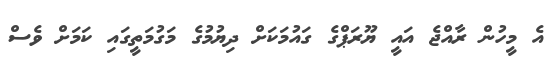
އެ މީހުން ރާއްޖެ އައީ ޔޫރަޕްގެ ގައުމަކަށް ދިޔުމުގެ މަގުމަތީގައި ކަމަށް ވެސް